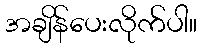
အချိန်ပေးလိုက်ပါ။